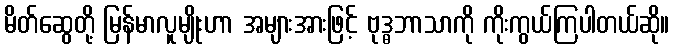
မိတ်ဆွေတို့ မြန်မာလူမျိုးဟာ အများအားဖြင့် ဗုဒ္ဓဘာသာကို ကိုးကွယ်ကြပါတယ်ဆို။